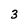
Character: 3